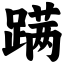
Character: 蹒